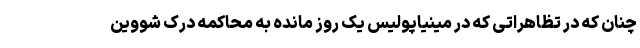
چنان که در تظاهراتی که در مینیاپولیس یک روز مانده به محاکمه درک شووین